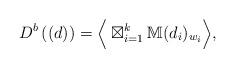
LaTeX: \begin{align*} D^b\left((d)\right) =\Big\langle \boxtimes_{i=1}^k \mathbb{M}(d_i)_{w_i}\Big\rangle,\end{align*}